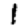
Digit: 1